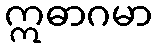
ဣဓာဂမာ